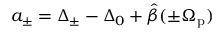
a _ { \pm } = \Delta _ { \pm } - \Delta _ { 0 } + \hat { \beta } ( \pm \Omega _ { \mathrm { p } } )